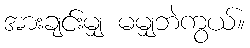
အားချင်းမျှ မမျှဘဲကွယ်။